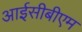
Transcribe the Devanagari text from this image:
आईसीबीएम